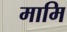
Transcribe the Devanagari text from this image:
मामि